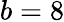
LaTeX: b=8